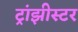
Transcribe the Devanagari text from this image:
ट्रांझीस्टर